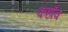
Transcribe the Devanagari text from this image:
कहाँव